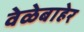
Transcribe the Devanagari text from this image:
वेळेबाहेर